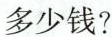
多少钱?